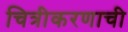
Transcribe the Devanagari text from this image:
चित्रीकरणाची